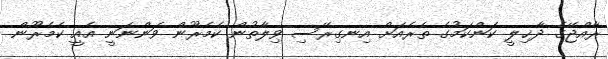
ރާއްޖޭގެ ދާޚިލީ ކަންކަމުގެ ތެރެއަށް އިނގިރޭސި ވިލާތުން ކެމެރޫން ވަންނަނީ އެއީ ކެމެރޫން